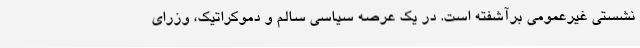
نشستی غیرعمومی برآشفته است. در یک عرصهٔ سیاسی سالم و دموکراتیک، وزرای